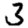
Digit: 3